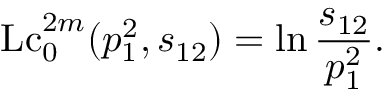
\mathrm { L c } _ { 0 } ^ { 2 m } ( p _ { 1 } ^ { 2 } , s _ { 1 2 } ) = \ln \frac { s _ { 1 2 } } { p _ { 1 } ^ { 2 } } .